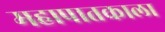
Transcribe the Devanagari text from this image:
महापातकाला